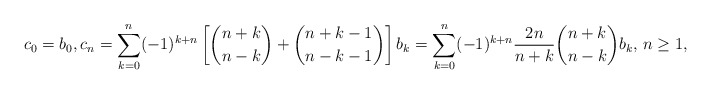
\begin{align*}c_0 = b_0, c_n &= \sum_{k=0}^n(-1)^{k+n}\left[\binom{n+k}{n-k} + \binom{n+k-1}{n-k-1}\right] b_k = \sum_{k=0}^n(-1)^{k+n} \frac{2n}{n+k}\binom{n+k}{n-k} b_k, \, n \geq 1,\end{align*}